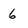
Character: 6